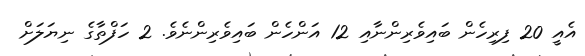
އެއީ 20 ފިރިހެން ބައިވެރިންނާއި 12 އަންހެން ބައިވެރިންނެވެ. 2 ހަފްތާގެ ނިޔަލަށް